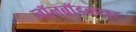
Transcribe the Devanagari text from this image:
नॉनब्रॉडकास्ट